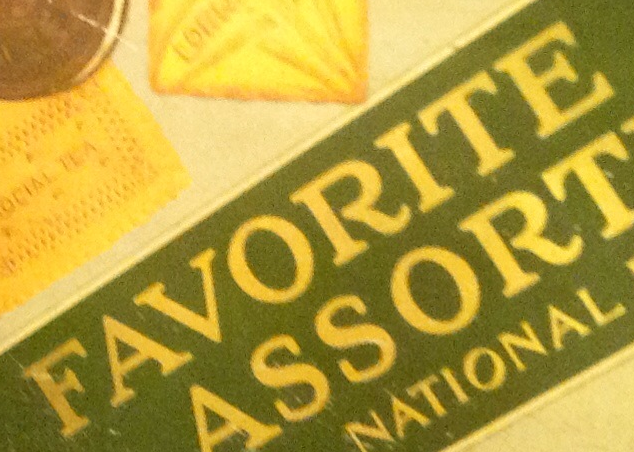
FAVORITE